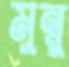
মুন্নু